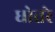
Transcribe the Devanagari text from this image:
धोतरे